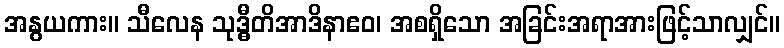
အနွယကား။ သီလေန သုဒ္ဓီတိအာဒိနာဧဝ၊ အစရှိသော အခြင်းအရာအားဖြင့်သာလျှင်။